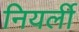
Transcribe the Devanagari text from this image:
नियर्ली